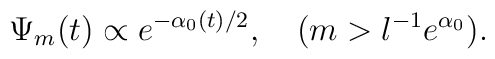
\Psi_{m}(t) \propto e^{-\alpha_0(t)/2},\quad (m > l^{-1} e^{\alpha_0}).